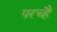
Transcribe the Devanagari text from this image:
परच्हैं